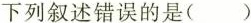
下列叙述错误的是()